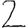
Digit: 2